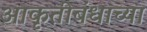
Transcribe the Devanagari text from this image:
आकृतीबंधाच्या